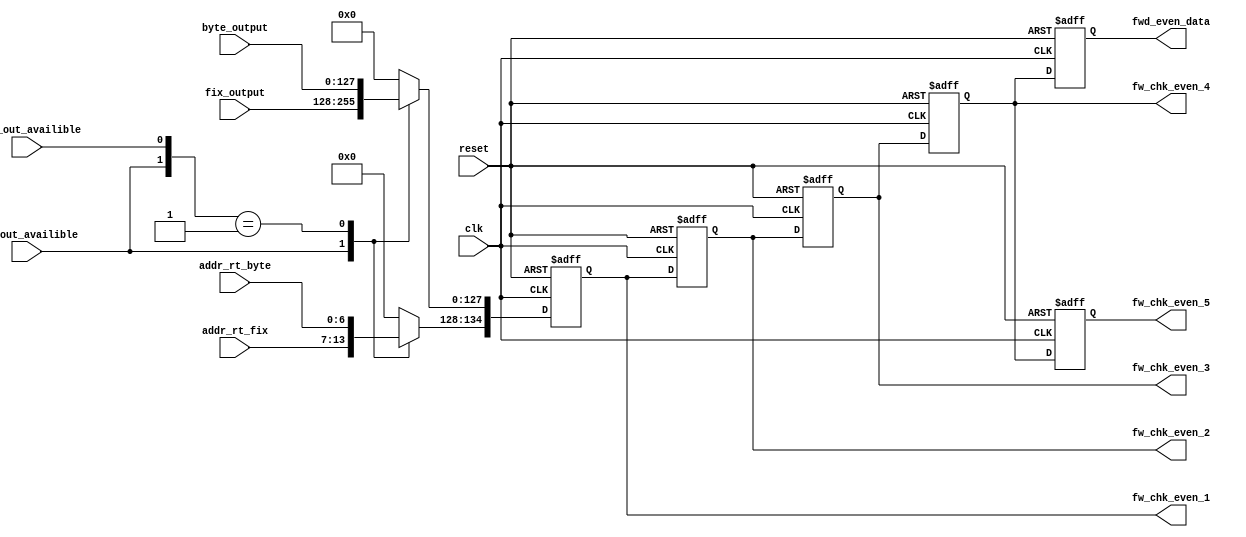

`timescale 1ns/10ps
module fwd_even(/*OUTPUTS*/  fwd_even_data, fw_chk_even_1, fw_chk_even_2, fw_chk_even_3, fw_chk_even_4, fw_chk_even_5, 
                
                /*INPUTS from FIX Unit*/
		fix_output, addr_rt_fix, fix_out_availible,

		/*INPUTS from BYTE Unit*/
		byte_output, addr_rt_byte, byte_out_availible, clk, reset);
                
input clk,reset;
input [0:127] fix_output, byte_output;
input fix_out_availible, byte_out_availible;
input [0:6] addr_rt_fix, addr_rt_byte;

reg [0:127] even_pipe_data;
reg [0:6] even_pipe_addr;

output reg [0:134] fwd_even_data;
output reg [0:134] fw_chk_even_1, fw_chk_even_2, fw_chk_even_3, fw_chk_even_4, fw_chk_even_5;
wire [0:134] fullvalue;

assign fullvalue={even_pipe_addr,even_pipe_data};

always @(*) 
begin
	casez({fix_out_availible, byte_out_availible})
	2'b1?: begin
	even_pipe_data = fix_output;
	even_pipe_addr = addr_rt_fix;
	end

	2'b01: begin
	even_pipe_data = byte_output;
	even_pipe_addr = addr_rt_byte;
	end

	default: begin
	even_pipe_data = 0;
	even_pipe_addr = 0;
	end
	endcase
end
always @ (posedge clk or posedge reset) 
begin
if(reset)
    begin
    {fw_chk_even_1, fw_chk_even_2, fw_chk_even_3, fw_chk_even_4, fw_chk_even_5} <= 0;
    fwd_even_data <= 0;
    end
else
    begin    
    fw_chk_even_1  <= fullvalue;
    fw_chk_even_2  <= fw_chk_even_1;
    fw_chk_even_3  <= fw_chk_even_2;
    fw_chk_even_4  <= fw_chk_even_3;
    fw_chk_even_5  <= fw_chk_even_4;
    fwd_even_data  <= fw_chk_even_4;
    end
end    
endmodule